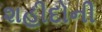
શહીદોની